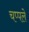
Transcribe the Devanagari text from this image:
चप्पले